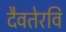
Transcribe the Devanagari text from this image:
दैवतेरवि